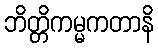
ဘိတ္တိကမ္မကတာနိ